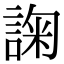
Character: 諊